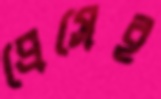
প্রেসেই